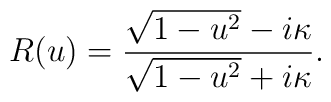
R(u) = { \sqrt{1-u^2} - i\kappa  \over \sqrt{1-u^2} + i\kappa}.